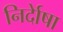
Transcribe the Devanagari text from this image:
निर्देाषा